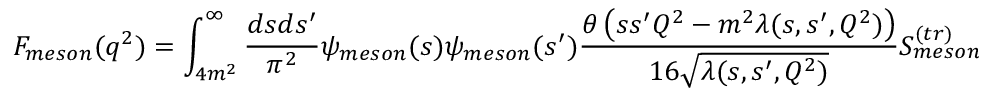
F _ { m e s o n } ( q ^ { 2 } ) = \int _ { 4 m ^ { 2 } } ^ { \infty } \frac { d s d s ^ { \prime } } { \pi ^ { 2 } } \psi _ { m e s o n } ( s ) \psi _ { m e s o n } ( s ^ { \prime } ) \frac { \theta \left( s s ^ { \prime } Q ^ { 2 } - m ^ { 2 } \lambda ( s , s ^ { \prime } , Q ^ { 2 } ) \right) } { 1 6 \sqrt { \lambda ( s , s ^ { \prime } , Q ^ { 2 } ) } } S _ { m e s o n } ^ { ( t r ) } ( s , s ^ { \prime } , q ^ { 2 } ) \ ,